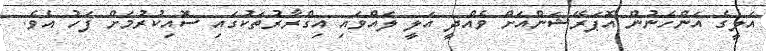
އަލީގެ އަންހެނުން އޮޕަރޭޝަންއަށް ވެއްދީ އަލީ ލައްވައި އިގްރާރުތަކުގައި ސޮއިކުރުމަށް ފަހު އެވެ.